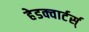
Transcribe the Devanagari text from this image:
हेडक्वार्टर्स्